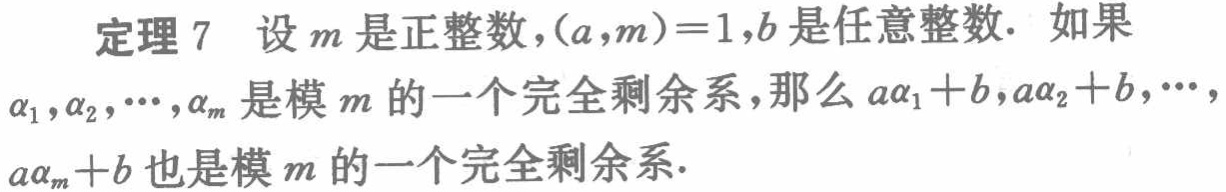
定理 7 设\(m\)是正整数，\((a,m)=1\)，\(b\)是任意整数. 如果\(\alpha_1,\alpha_2,\cdots,\alpha_m\)是模\(m\)的一个完全剩余系，那么\(a\alpha_1 + b,a\alpha_2 + b,\cdots,a\alpha_m + b\)也是模\(m\)的一个完全剩余系.